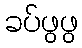
ခပ်ဖွဖွ